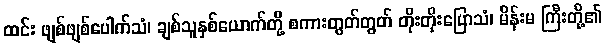
ထင်း ဖျစ်ဖျစ်ပေါက်သံ၊ ချစ်သူနှစ်ယောက်တို့ စကားတွတ်တွတ် တိုးတိုးပြောသံ၊ မိန်းမ ကြီးတို့၏